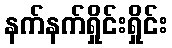
နက်နက်ရှိုင်းရှိုင်း